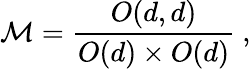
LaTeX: {\cal M}={\frac{O(d,d)}{O(d)\times O(d)}}\ ,